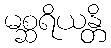
မစ္ဆရိယန္တိ